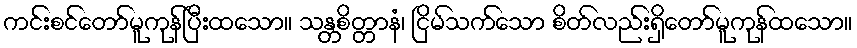
ကင်းစင်တော်မူကုန်ပြီးထသော။ သန္တစိတ္တာနံ၊ ငြိမ်သက်သော စိတ်လည်းရှိတော်မူကုန်ထသော။